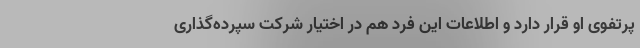
پرتفوی او قرار دارد و اطلاعات این فرد هم در اختیار شرکت سپرده‌گذاری